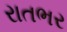
રાતભર